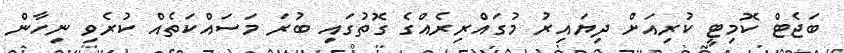
ބަޖެޓް ކޮމިޓީ ކުރިއަށް ދިޔައިރު މުގައްރިރެއްގެ ގޮތުގައި ބުރަ މަސައްކަތެއް ކުރެވި ނިހާން